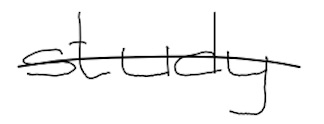
Text: study
Cross-out: single-line
Writing tool: digital_black